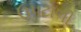
ઉપટોળી